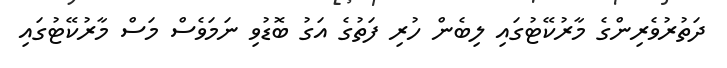
ދަތުރުވެރިންގެ މާރުކޭޓުގައި ލިބެން ހުރި ފަތުގެ އަގު ބޮޑުވި ނަމަވެސް މަސް މާރުކޭޓުގައި